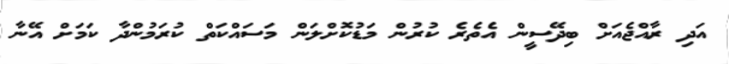
އަދި ރާއްޖެއަށް ބިދޭސީން އެތެރެ ކުރުން މަޑުކޮށްލަން މަސައްކަތް ކުރަމުންދާ ކަމަށް އޭނާ